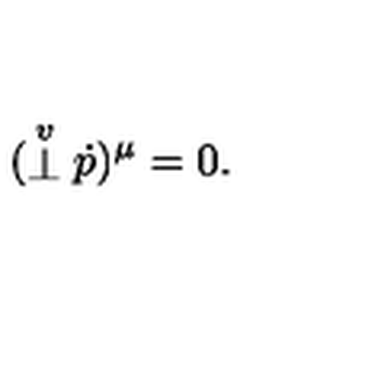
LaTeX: ( \stackrel { \scriptstyle v } { \bot } { \dot { p } } ) ^ { \mu } = 0 .